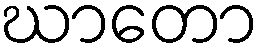
ဃာတော